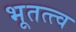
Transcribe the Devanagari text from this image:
भूतत्त्व